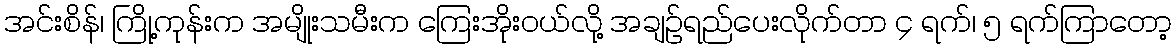
အင်းစိန်၊ ကြို့ကုန်းက အမျိုးသမီးက ကြေးအိုးဝယ်လို့ အချဉ်ရည်ပေးလိုက်တာ ၄ ရက်၊ ၅ ရက်ကြာတော့